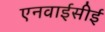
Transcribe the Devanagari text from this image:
एनवाईसीई